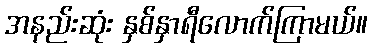
အနည်းဆုံး နှစ်နှာရီလောက်ကြာမယ်။